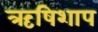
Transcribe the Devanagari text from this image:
ऋषिशाप